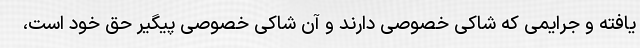
یافته و جرایمی که شاکی خصوصی دارند و آن شاکی خصوصی پیگیر حق خود است،